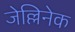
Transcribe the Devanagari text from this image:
जेल्लिनेक